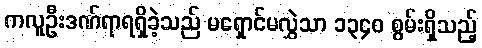
ကလူဦးဒဏ်ရာရရှိခဲ့သည် မရှောင်မလွှဲသာ ၁၃၄၀ စွမ်းရှိသည့်